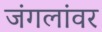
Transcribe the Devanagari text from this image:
जंगलांवर